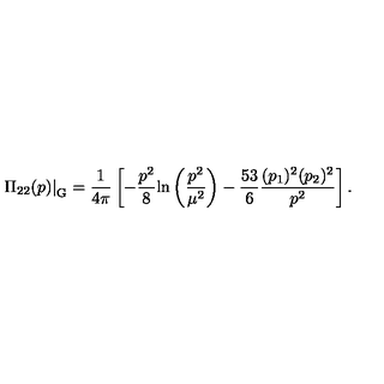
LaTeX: \displaystyle { \left. \Pi _ { 2 2 } ( p ) \right| _ { \mathrm { G } } } = \displaystyle { \frac { 1 } { 4 \pi } \left[ - \frac { p ^ { 2 } } { 8 } \mathrm { l n } \left( \frac { p ^ { 2 } } { \mu ^ { 2 } } \right) - \frac { 5 3 } { 6 } \frac { ( p _ { 1 } ) ^ { 2 } ( p _ { 2 } ) ^ { 2 } } { p ^ { 2 } } \right] . }